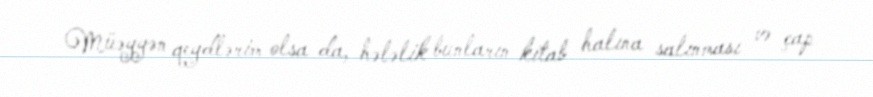
Müəyyən qeydlərim olsa da, hələlik bunların kitab halına salınması və çap